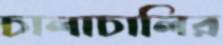
চালাচালির